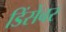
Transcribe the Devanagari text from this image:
डिंसेंबर